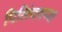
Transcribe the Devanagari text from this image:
पिलिंदवच्छ